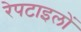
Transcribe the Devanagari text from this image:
रेपटाइलों